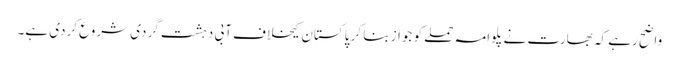
واضح رہے کہ بھارت نے پلوامہ حملے کو جواز بنا کر پاکستان کیخلاف آبی دہشت گردی شروع کردی ہے۔